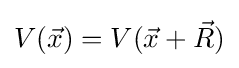
V({\vec {x}})=V({\vec {x}}+{\vec {R}})